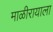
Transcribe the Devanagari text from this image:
माळीरायाला